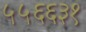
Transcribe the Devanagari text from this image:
५५६६३१